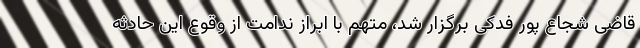
قاضی شجاع پور فدکی برگزار شد، متهم با ابراز ندامت از وقوع این حادثه